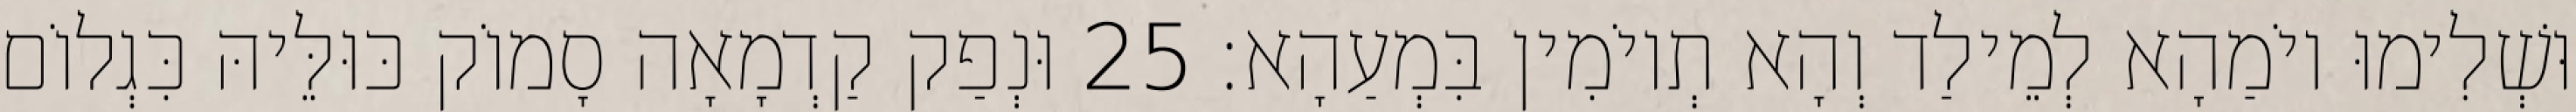
וּשְׁלִימוּ יוֹמַהָא לְמֵילַד וְהָא תְיוֹמִין בִּמְעַהָא׃ 25 וּנְפַק קַדְמָאָה סָמוֹק כּוּלֵּיהּ כִּגְלוֹם